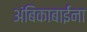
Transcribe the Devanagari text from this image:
अंबिकाबाईंना